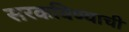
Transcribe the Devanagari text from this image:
सरकविण्याची